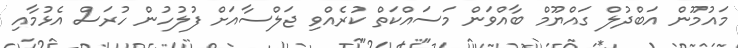
މައުމޫން އަބްދުލް ގައްޔޫމް ބާއްވަން މަސައްކަތް ކުރެއްވި ޖަލްސާއަށް ފުލުހުން ހުރަސް އެޅުމާއި